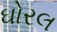
ઘોરલ